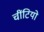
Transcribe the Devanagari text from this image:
चींटियो